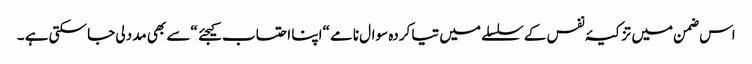
اس ضمن میں تزکیۂ نفس کے سلسلے میں تیا کردہ سوال نامے “اپنا احتساب کیجئے “سے بھی مدد لی جا سکتی ہے ۔